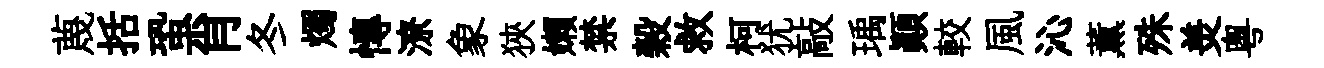
蔑括蛩肖冬燭慱潦象狹嬾禁榖救柯犹敲瑀顛較風沁薫殊羙粵